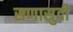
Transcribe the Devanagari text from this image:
सणासुदी